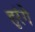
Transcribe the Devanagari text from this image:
हुरंगे